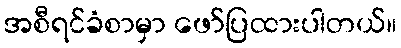
အစီရင်ခံစာမှာ ဖော်ပြထားပါတယ်။